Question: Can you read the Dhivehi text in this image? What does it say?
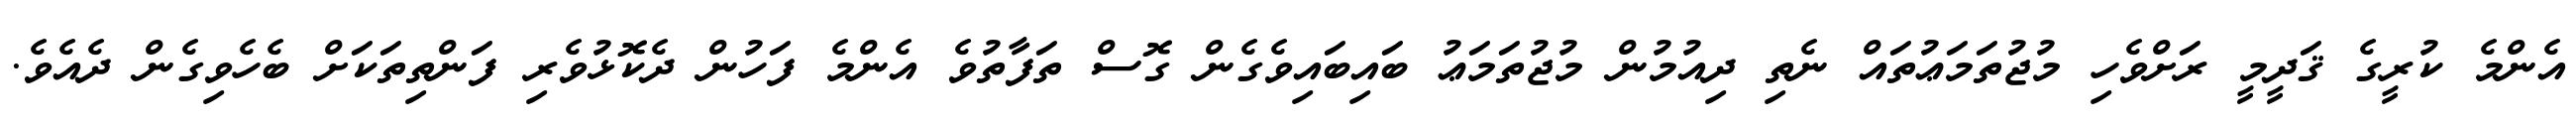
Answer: އެންމެ ކުރީގެ ޤަދީމީ ރަށްވެހި މުޖުތަމަޢުތައް ނެތި ދިއުމުން މުޖުތަމަޢު ބައިބައިވެގެން ގޮސް ތަފާތުވެ އެންމެ ފަހުން ދެކޮޅުވެރި ފަންތިތަކަށް ބެހެވިގެން ދެއެވެ.